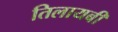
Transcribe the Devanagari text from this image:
तिलायबी